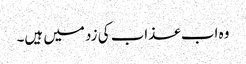
وہ اب عذاب کی زد میں ہیں۔